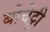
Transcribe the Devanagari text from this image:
बोचेट्टी